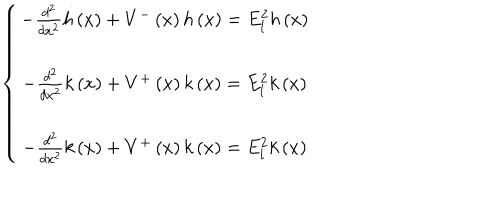
\left\{ \begin{array} { c } { { - \frac { d ^ { 2 } } { d x ^ { 2 } } h \left( x \right) + V ^ { - } \left( x \right) h \left( x \right) = E _ { l } ^ { 2 } h \left( x \right) } } \\ { { - \frac { d ^ { 2 } } { d x ^ { 2 } } k \left( x \right) + V ^ { + } \left( x \right) k \left( x \right) = E _ { l } ^ { 2 } k \left( x \right) } } \\ { { - \frac { d ^ { 2 } } { d x ^ { 2 } } k \left( x \right) + V ^ { + } \left( x \right) k \left( x \right) = E _ { l } ^ { 2 } k \left( x \right) } } \\ \end{array} \right.